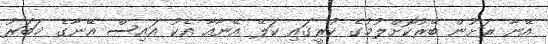
އޭނާ ރަށުން ބޭރުކޮށްލުމުގެ ކުރީގައި ކަލޭ އޭނާއާ އެކު އައިސް އޭނާގެ ޚަބަރު